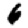
Digit: 6